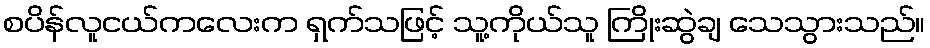
စပိန်လူငယ်ကလေးက ရှက်သဖြင့် သူ့ကိုယ်သူ ကြိုးဆွဲချ သေသွားသည်။